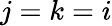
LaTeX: j=k=i